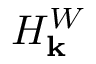
H _ { \mathbf { k } } ^ { W }